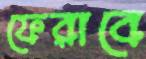
ফেরাবে